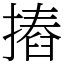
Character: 摏